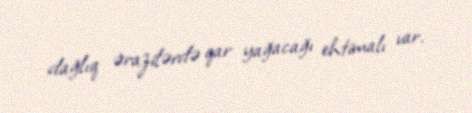
dağlıq ərazilərdə qar yağacağı ehtimalı var.